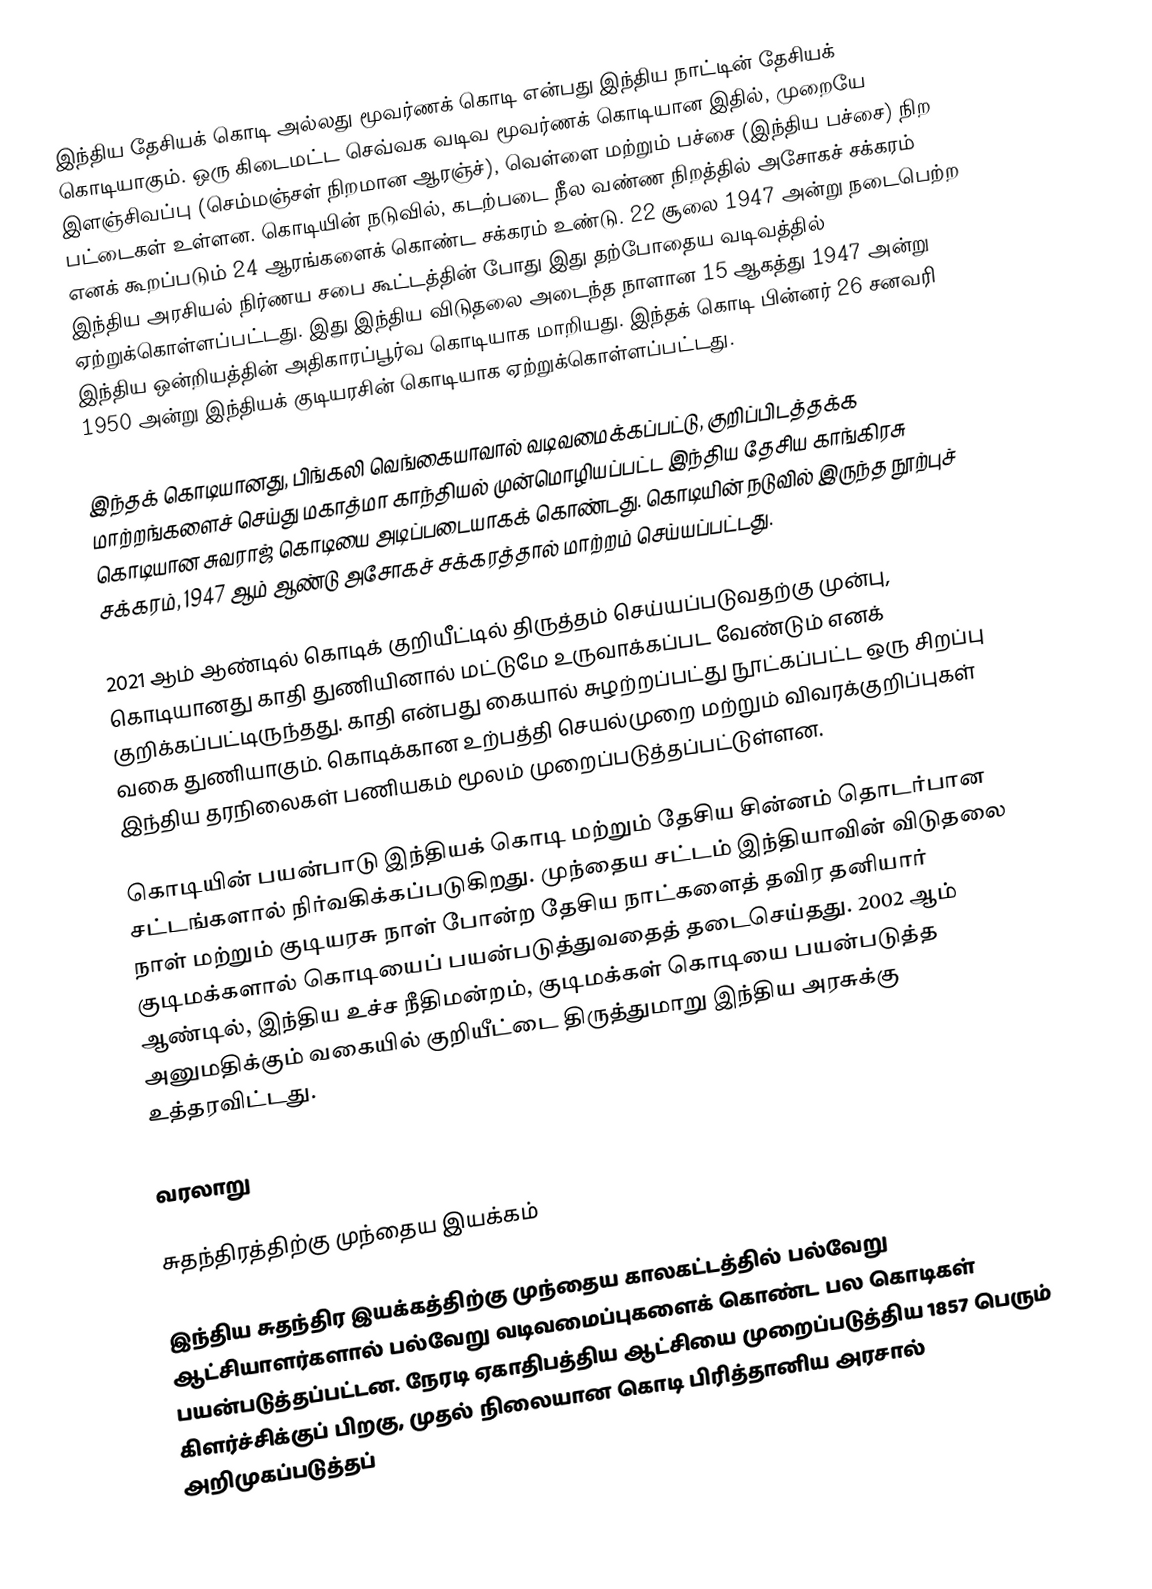
இந்திய தேசியக் கொடி அல்லது மூவர்ணக் கொடி என்பது இந்திய நாட்டின் தேசியக் கொடியாகும். ஒரு கிடைமட்ட செவ்வக வடிவ மூவர்ணக் கொடியான இதில், முறையே இளஞ்சிவப்பு (செம்மஞ்சள் நிறமான ஆரஞ்ச்), வெள்ளை மற்றும் பச்சை (இந்திய பச்சை) நிற பட்டைகள் உள்ளன. கொடியின் நடுவில், கடற்படை நீல வண்ண நிறத்தில் அசோகச் சக்கரம் எனக் கூறப்படும் 24 ஆரங்களைக் கொண்ட சக்கரம் உண்டு. 22 சூலை 1947 அன்று நடைபெற்ற இந்திய அரசியல் நிர்ணய சபை கூட்டத்தின் போது இது தற்போதைய வடிவத்தில் ஏற்றுக்கொள்ளப்பட்டது. இது இந்திய விடுதலை அடைந்த நாளான 15 ஆகத்து 1947 அன்று இந்திய ஒன்றியத்தின் அதிகாரப்பூர்வ கொடியாக மாறியது. இந்தக் கொடி பின்னர் 26  சனவரி 1950 அன்று  இந்தியக் குடியரசின் கொடியாக ஏற்றுக்கொள்ளப்பட்டது.

இந்தக் கொடியானது, பிங்கலி வெங்கையாவால் வடிவமைக்கப்பட்டு, குறிப்பிடத்தக்க மாற்றங்களைச் செய்து  மகாத்மா காந்தியல் முன்மொழியப்பட்ட இந்திய தேசிய காங்கிரசு கொடியான சுவராஜ் கொடியை அடிப்படையாகக் கொண்டது. கொடியின் நடுவில் இருந்த நூற்புச் சக்கரம், 1947 ஆம் ஆண்டு அசோகச் சக்கரத்தால் மாற்றம் செய்யப்பட்டது.

2021 ஆம் ஆண்டில் கொடிக் குறியீட்டில் திருத்தம் செய்யப்படுவதற்கு முன்பு, கொடியானது காதி துணியினால் மட்டுமே உருவாக்கப்பட வேண்டும் எனக் குறிக்கப்பட்டிருந்தது. காதி என்பது கையால் சுழற்றப்பட்து நூட்கப்பட்ட ஒரு சிறப்பு வகை  துணியாகும். கொடிக்கான உற்பத்தி செயல்முறை மற்றும் விவரக்குறிப்புகள் இந்திய தரநிலைகள் பணியகம் மூலம் முறைப்படுத்தப்பட்டுள்ளன.

கொடியின் பயன்பாடு இந்தியக் கொடி மற்றும் தேசிய சின்னம் தொடர்பான சட்டங்களால் நிர்வகிக்கப்படுகிறது. முந்தைய சட்டம் இந்தியாவின் விடுதலை நாள் மற்றும் குடியரசு நாள் போன்ற தேசிய நாட்களைத் தவிர தனியார் குடிமக்களால் கொடியைப் பயன்படுத்துவதைத் தடைசெய்தது. 2002 ஆம் ஆண்டில், இந்திய உச்ச நீதிமன்றம், குடிமக்கள் கொடியை பயன்படுத்த அனுமதிக்கும் வகையில் குறியீட்டை திருத்துமாறு இந்திய அரசுக்கு உத்தரவிட்டது.

வரலாறு

சுதந்திரத்திற்கு முந்தைய இயக்கம்

இந்திய சுதந்திர இயக்கத்திற்கு முந்தைய காலகட்டத்தில் பல்வேறு ஆட்சியாளர்களால் பல்வேறு வடிவமைப்புகளைக் கொண்ட பல கொடிகள் பயன்படுத்தப்பட்டன. நேரடி ஏகாதிபத்திய ஆட்சியை முறைப்படுத்திய 1857 பெரும் கிளர்ச்சிக்குப் பிறகு, முதல் நிலையான கொடி பிரித்தானிய அரசால் அறிமுகப்படுத்தப்